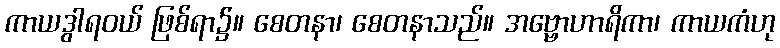
ကာယဒွါရဝယ် ဖြစ်ရာ၌။ စေတနာ၊ စေတနာသည်။ အဗ္ဗောဟာရိကာ၊ ကာယကံဟု